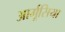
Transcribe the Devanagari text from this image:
आर्गूसिया